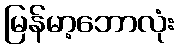
မြန်မာ့ဘောလုံး